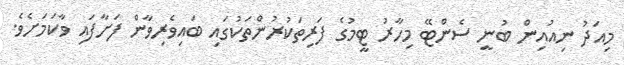
މިއަދު ނިއުއިން ބުނީ ސެންޓޭ މިހާރު ޓީމުގެ ފަރިތަކުރުންތަކުގައި ބައިވެރިވާން ފަށާފައި ވާކަމަށެވެ.